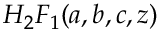
H _ { 2 } F _ { 1 } ( a , b , c , z )